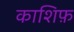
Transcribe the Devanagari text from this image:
काशिफ़